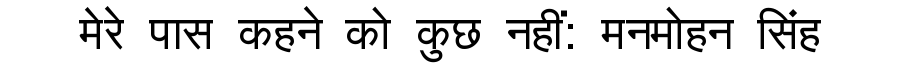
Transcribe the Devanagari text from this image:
मेरे पास कहने को कुछ नहीं: मनमोहन सिंह